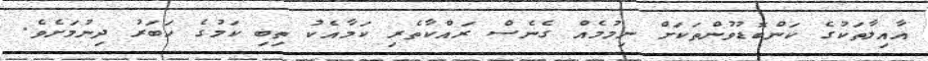
އާއިލާތަކުގެ ކަންބޮޑުވުންތަކަށް ނިމުމެއް ގެނެސް ރައްކާތެރި ކަމާއެކު ތިބި ކަމުގެ ހަބަރު ދިނުމަށެވެ.